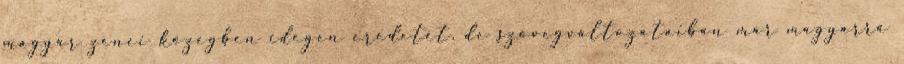
magyar zenei közegben idegen eredetét, de szövegváltozataiban már magyarrá